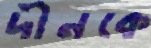
দীনকে